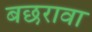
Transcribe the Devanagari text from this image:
बछरावा